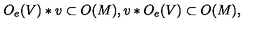
O _ { e } ( V ) * v \subset O ( M ) , v * O _ { e } ( V ) \subset O ( M ) ,